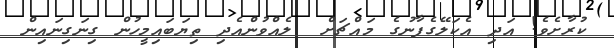
ކުރާށެވެ! އަދި އެކަލޭގެފާނުގެ މައްޗަށް  ލެއްވުންއެދި ތިޔަބައިމީހުން ގިނަގިނައިން